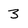
Character: 3